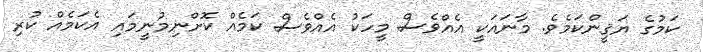
ކަމުގެ ޔަޤީންކަމެވެ. މާނައަކީ އެއްވެސް މީހަކު އެއްވެސް ކަމެއް ކޮށްނިމުނީމައި އެކަމެއް ކުރި